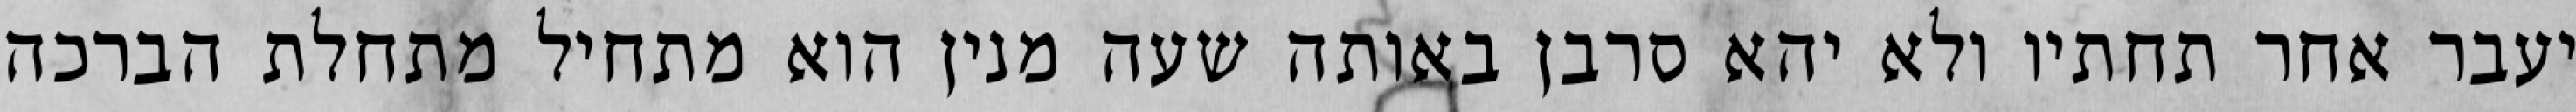
יעבר אחר תחתיו ולא יהא סרבן באותה שעה מנין הוא מתחיל מתחלת הברכה